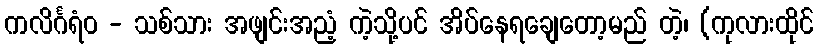
ကလိင်္ဂရံဝ - သစ်သား အဖျင်းအညံ့ ကဲ့သို့ပင် အိပ်နေရချေတော့မည် တဲ့၊ (ကုလားထိုင်